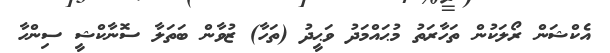
އެކްޝަން ރޯލަކުން ތަހާރަތު މުޙައްމަދު ވަޙީދު (ތަހާ) ޒުވާން ބަތަލާ ސޮނާކްޝީ ސިންހާ